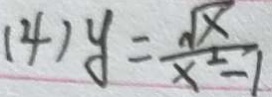
( 4 ) y = \frac { \sqrt { x } } { x ^ { 2 } - 1 }